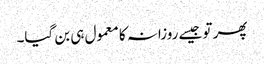
پھر تو جیسے روزانہ کا معمول ہی بن گیا۔